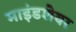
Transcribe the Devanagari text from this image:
माइंडशेयर